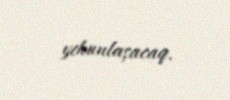
yekunlaşacaq.